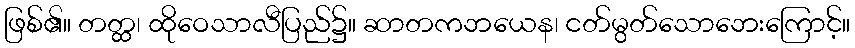
ဖြစ်၏။ တတ္ထ၊ ထိုဝေသာလီပြည်၌။ ဆာတကဘယေန၊ ငတ်မွတ်သောဘေးကြောင့်။